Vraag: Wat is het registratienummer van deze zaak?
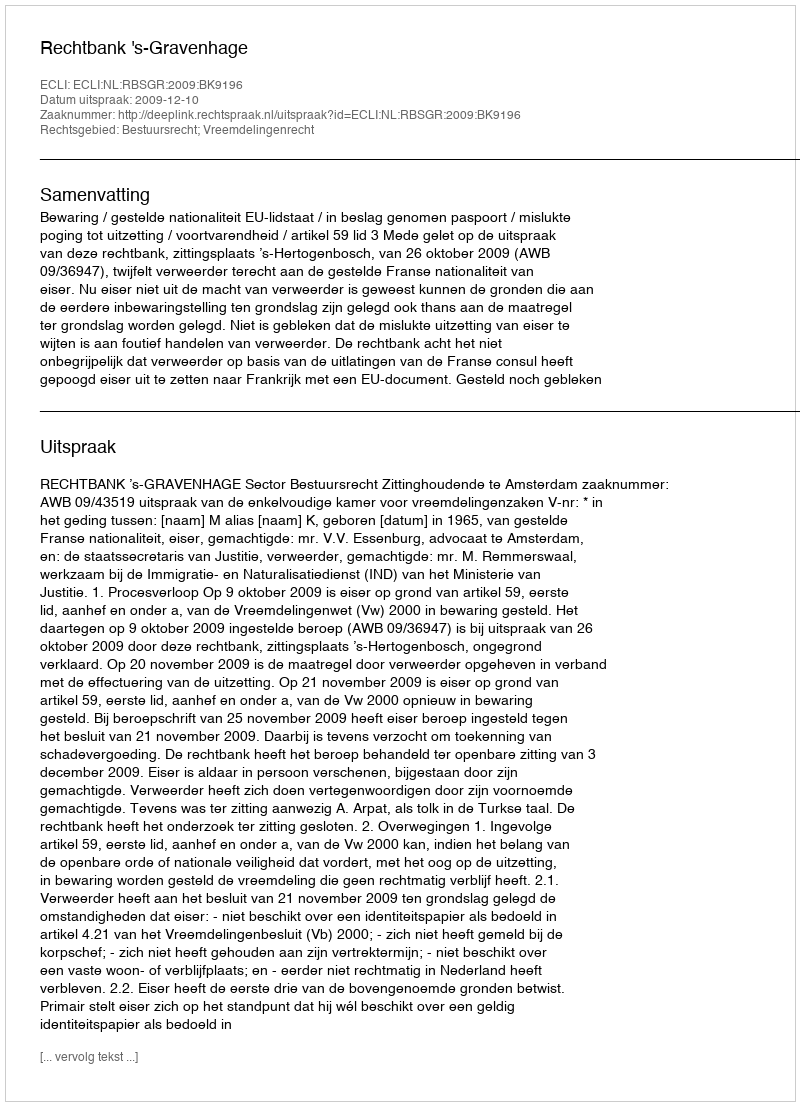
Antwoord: http://deeplink.rechtspraak.nl/uitspraak?id=ECLI:NL:RBSGR:2009:BK9196